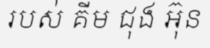
របស់ គីម ជុង អ៊ុន